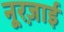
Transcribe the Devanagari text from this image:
नूरज़ाई